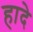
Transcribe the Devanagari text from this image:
हादे